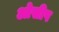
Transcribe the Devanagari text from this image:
ओसीप